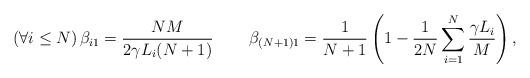
LaTeX: \begin{align*}\left(\forall i \leq N \right) \beta_{i1} = \frac{NM}{2\gamma L_i (N+1)} && && \beta_{(N+1)1} = \frac{1}{N+1}\left(1 - \frac{1}{2N} \sum_{i=1}^N \frac{\gamma L_i}{M}\right),\end{align*}